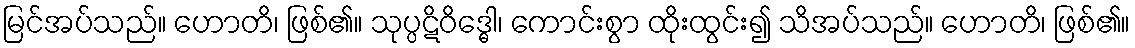
မြင်အပ်သည်။ ဟောတိ၊ ဖြစ်၏။ သုပ္ပဋိဝိဒ္ဓေါ၊ ကောင်းစွာ ထိုးထွင်း၍ သိအပ်သည်။ ဟောတိ၊ ဖြစ်၏။